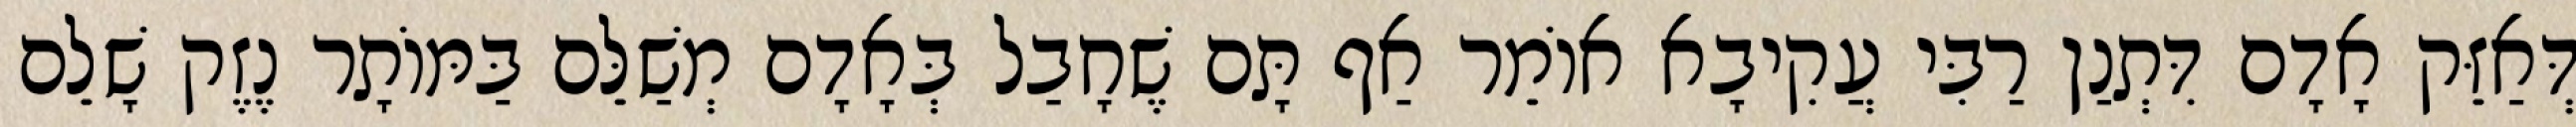
דְּאַזֵּק אָדָם דִּתְנַן רַבִּי עֲקִיבָא אוֹמֵר אַף תָּם שֶׁחָבַל בְּאָדָם מְשַׁלֵּם בַּמּוֹתָר נֶזֶק שָׁלֵם